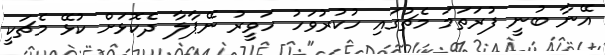
އޭނާ ބުނީ ފުރަތަމަ މެޗުގައި ހުކުރުވަހު ހަވީރު ނޭޕާލާ ދެކޮޅަށް ކުޅޭ މެޗަކީ